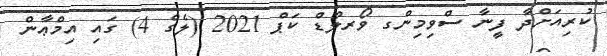
ކުރިއަށްދާ ފީނާ ސްވިމިންގ ވޯރލްޑް ކަޕް 2021 (ލެގް 4) ގައި އިމްޢާން